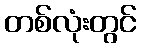
တစ်လုံးတွင်